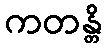
ကတန္တိ